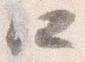
所